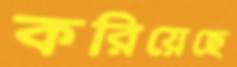
করিয়েছে